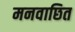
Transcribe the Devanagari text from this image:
मनवाछित